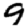
Digit: 9